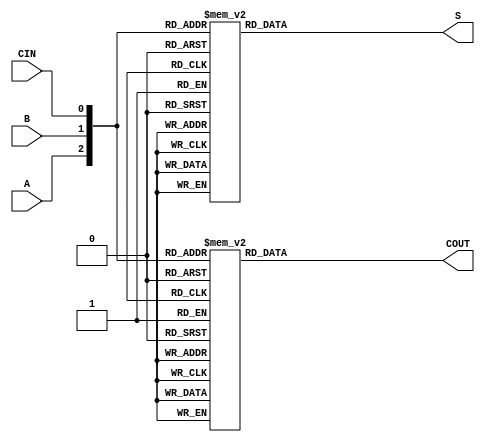
module ful_add_beh (A, B, CIN, S, COUT);
input A, B, CIN;
output reg S, COUT;

always @ (*)
begin
case({A, B, CIN})
3'b000 : S= 0;
3'b001 : S= 1;
3'b010 : S= 1;
3'b011 : S= 0;
3'b100 : S= 1;
3'b101 : S= 0;
3'b110 : S= 0;
3'b111 : S= 1;
endcase
case ({A, B, CIN})
3'b000 : COUT= 0;
3'b001 : COUT= 0;
3'b010 : COUT= 0;
3'b011 : COUT= 1;
3'b100 : COUT= 0;
3'b101 : COUT= 1;
3'b110 : COUT= 1;
3'b111 : COUT= 1;
endcase
end
endmodule